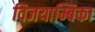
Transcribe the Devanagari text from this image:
विजयाम्बिका